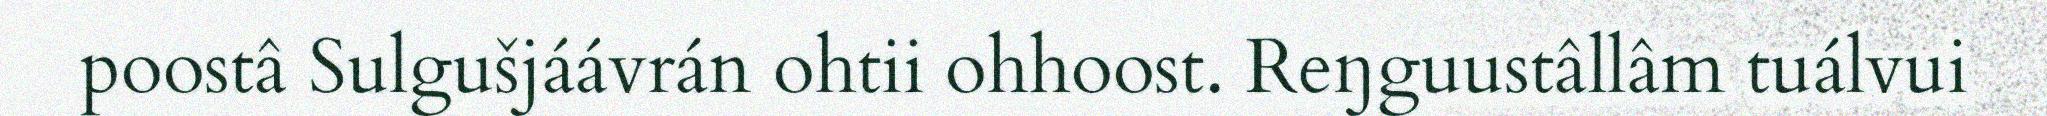
poostâ Sulgušjáávrán ohtii ohhoost. Reŋguustâllâm tuálvui